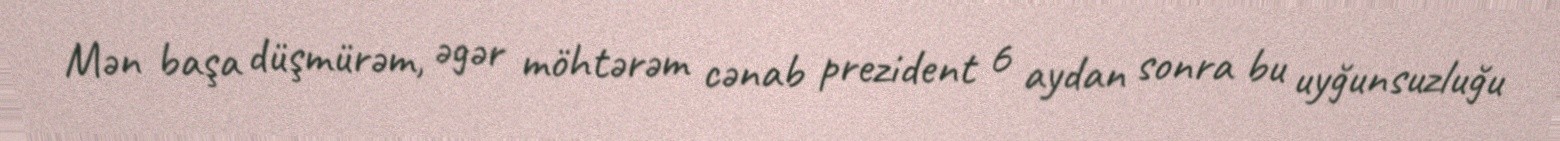
Mən başa düşmürəm, əgər möhtərəm cənab prezident 6 aydan sonra bu uyğunsuzluğu